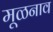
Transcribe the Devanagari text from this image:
मूळनाव